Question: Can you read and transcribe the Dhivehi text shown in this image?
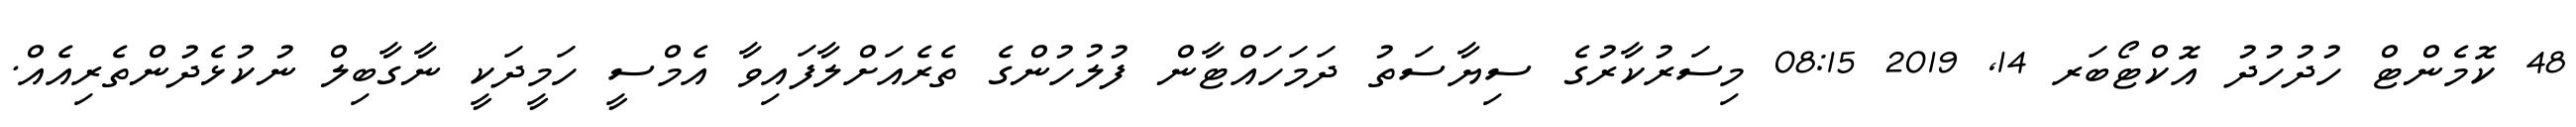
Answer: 48 ކޮމެންޓް ހުދުހުދު އޮކްޓޯބަރ 14, 2019 08:15 މިސަރުކާރުގެ ސިޔާސަތު ދަމަހައްޓާން ފުލުހުންގެ ތެރެއަށްލާފައިވާ އެމްސީ ހަމީދަކީ ނާގާބިލް ނުކުޅެދުންތެރިއެއް.